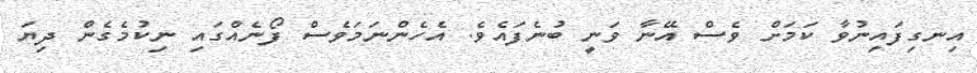
އިނގިފައިނުވާ ކަމަށް ވެސް އޭނާ ވަނީ ބުނެފައެވެ. އެހެންނަމަވެސް ފޯނެއްގައި ނިކުމެގެން ދިޔަ